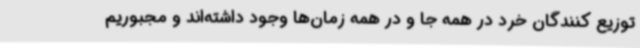
توزیع کنندگان خرد در همه جا و در همه زمان‌ها وجود داشته‌اند و مجبوریم